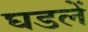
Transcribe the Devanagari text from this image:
घडलें